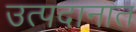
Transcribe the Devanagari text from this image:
उत्पदानात